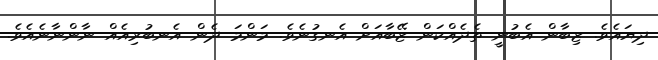
ދިޔައެވެ. ޒިބާން އެބުނީ ތެދެއްކަން ޒޭބާއަށް އެނގުނެވެ. މަންމަ ދެން އެނބުރިއެއް ނާންނާނެއެވެ.